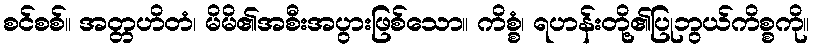
စင်စစ်။ အတ္တဟိတံ၊ မိမိ၏အစီးအပွားဖြစ်သော။ ကိစ္စံ၊ ရဟန်းတို့၏ပြုဘွယ်ကိစ္စကို။